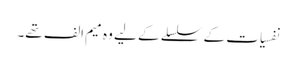
نفسیات کے سلسلے کے لیے وہ میم الف تھے۔